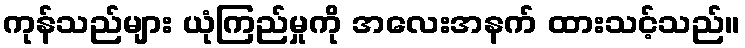
ကုန်သည်များ ယုံကြည်မှုကို အလေးအနက် ထားသင့်သည်။